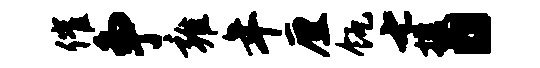
催争雍年厘瓴七援。